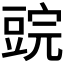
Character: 𰶜